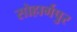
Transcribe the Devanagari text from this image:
सोहार्गपुर